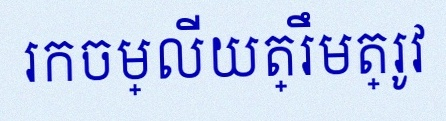
រកចម្លើយត្រឹមត្រូវ